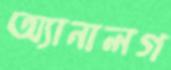
অ্যানালগ